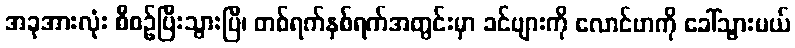
အခုအားလုံး စီစဉ်ပြီးသွားပြီ၊ တစ်ရက်နှစ်ရက်အတွင်းမှာ ခင်ဗျားကို လောင်ဗာကို ခေါ်သွားမယ်